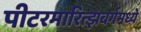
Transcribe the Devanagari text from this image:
पीटरमारित्झबर्गमध्ये